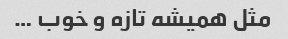
مثل همیشه تازه و خوب …